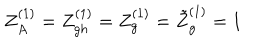
Z _ { A } ^ { ( 1 ) } = Z _ { g h } ^ { ( 1 ) } = Z _ { g } ^ { ( 1 ) } = \tilde { Z } _ { g } ^ { ( 1 ) } = 1